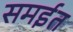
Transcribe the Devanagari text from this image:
समईत